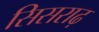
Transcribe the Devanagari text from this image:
सिसराढ़